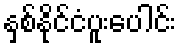
နှစ်နိုင်ငံပူးပေါင်း